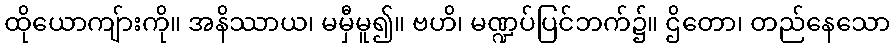
ထိုယောကျ်ားကို။ အနိဿာယ၊ မမှီမူ၍။ ဗဟိ၊ မဏ္ဍပ်ပြင်ဘက်၌။ ဌိတော၊ တည်နေသော